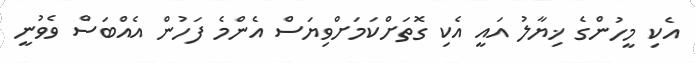
އެކި މީހުންގެ ޚިޔާލު އައީ އެކި ގޮތަށްކަމަށްވިޔަސް އެންމެ ފަހުން އެއްބަސް ވެވުނީ